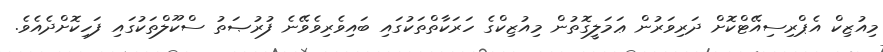
މިއުޒިކް އެޕްރިސިއޭޓްކޮށް ދަރިވަރުން ޢަމަލީގޮތުން މިއުޒިކްގެ ހަރަކާތްތަކުގައި ބައިވެރިވެވޭނެ ފުރުޞަތު ސްކޫލްތަކުގައި ފަހިކޮށްދެއެވެ.